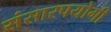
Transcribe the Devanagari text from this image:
संसारपयोगी